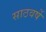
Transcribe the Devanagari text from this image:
साठवर्षे